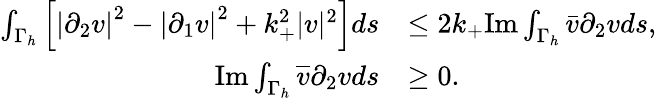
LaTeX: \begin{array}{rl}{\int_{\Gamma_{h}}\left[\left|\partial_{2}v\right|^{2}-\left|\partial_{1}v\right|^{2}+k_{+}^{2}|v|^{2}\right]ds}&{\leq 2k_{+}\textrm{Im}\int_{\Gamma_{h}}\bar{v}\partial_{2}vds,}\\ {\mathrm{Im}\int_{\Gamma_{h}}\overline{{v}}\partial_{2}vds}&{\geq 0.}\end{array}